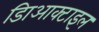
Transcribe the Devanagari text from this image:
डािआक्टाइल